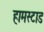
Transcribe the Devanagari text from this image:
हामस्टाड